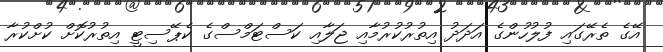
އޭގެ ތެރޭގައި ފުލުހުންގެ އަދަދު އިތުރުކުރުމާއި ޖަލާއި ކަސްޓަމްސްގެ ކެޕޭސިޓީ އިތުރުކޮށް ކުށްކުރާ